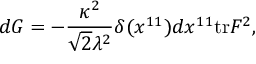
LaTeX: d G = - { \frac { \kappa ^ { 2 } } { \sqrt { 2 } \lambda ^ { 2 } } } \delta ( x ^ { 1 1 } ) d x ^ { 1 1 } \mathrm { t r } F ^ { 2 } ,